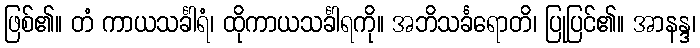
ဖြစ်၏။ တံ ကာယသင်္ခါရံ၊ ထိုကာယသင်္ခါရကို။ အဘိသင်္ခရောတိ၊ ပြုပြင်၏။ အာနန္ဒ၊